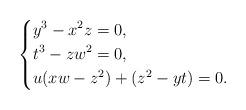
LaTeX: \begin{align*}\left\{\aligned&y^3-x^2z=0,\\&t^3-zw^2=0,\\&u(xw-z^2)+(z^2-yt)=0.\\\endaligned\right.\end{align*}